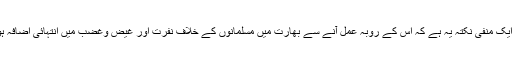
اس حل کا ایک منفی نکتہ یہ ہے کہ اس کے روبہ عمل آنے سے بھارت میں مسلمانوں کے خلاف نفرت اور غیض وغضب میں انتہائی اضافہ ہو جائے گا۔